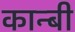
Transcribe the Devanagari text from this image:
कान्बी